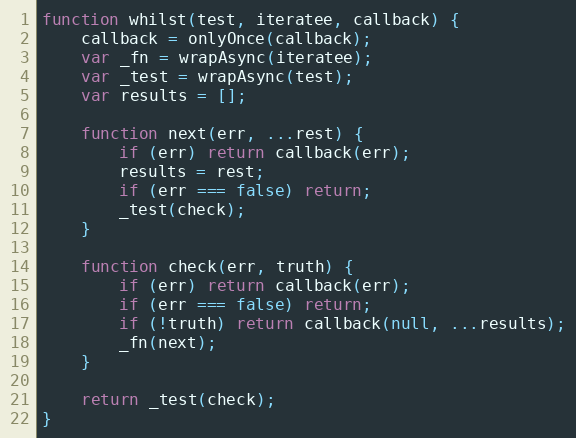
Language: JavaScript
function whilst(test, iteratee, callback) {
    callback = onlyOnce(callback);
    var _fn = wrapAsync(iteratee);
    var _test = wrapAsync(test);
    var results = [];

    function next(err, ...rest) {
        if (err) return callback(err);
        results = rest;
        if (err === false) return;
        _test(check);
    }

    function check(err, truth) {
        if (err) return callback(err);
        if (err === false) return;
        if (!truth) return callback(null, ...results);
        _fn(next);
    }

    return _test(check);
}